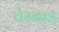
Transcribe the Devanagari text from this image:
चेरनाड